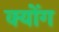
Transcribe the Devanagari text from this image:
क्योंग